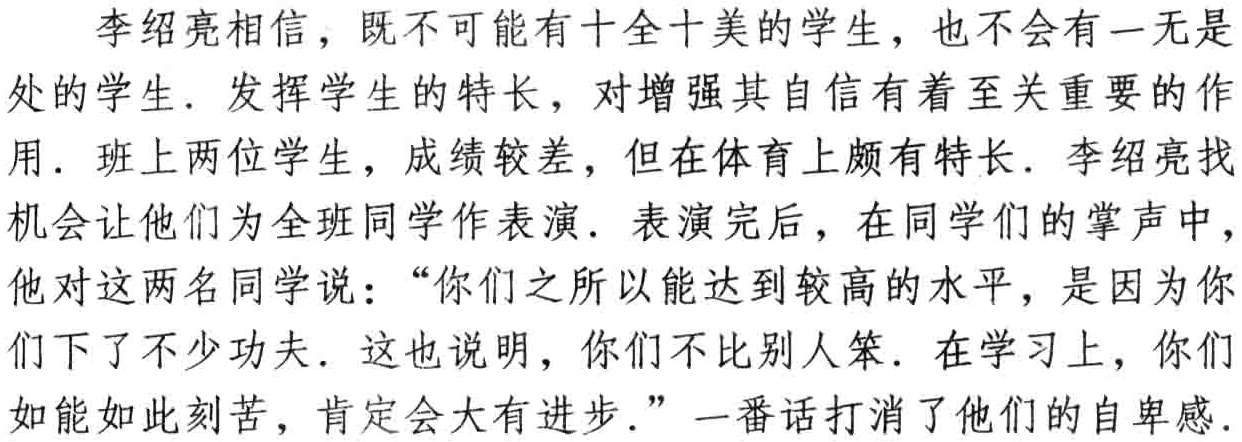
李绍亮相信，既不可能有十全十美的学生，也不会有一无是
处的学生．发挥学生的特长，对增强其自信有着至关重要的作
用．班上两位学生，成绩较差，但在体育上颇有特长．李绍亮找
机会让他们为全班同学作表演．表演完后，在同学们的掌声中，
他对这两名同学说：“你们之所以能达到较高的水平，是因为你
们下了不少功夫．这也说明，你们不比别人笨．在学习上，你们
如能如此刻苦，肯定会大有进步．”一番话打消了他们的自卑感．